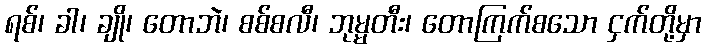
ရစ်၊ ခါ၊ ချို၊ တောဘဲ၊ စစ်စလီ၊ ဘုမ္မတီး၊ တောကြက်စသော ငှက်တို့မှာ